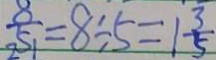
\frac { 8 } { 2 5 1 } = 8 \div 5 = 1 \frac { 3 } { 5 }